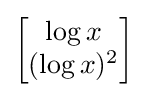
{\begin{bmatrix}\log x\\(\log x)^{2}\end{bmatrix}}